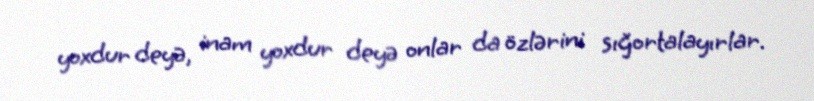
yoxdur deyə, inam yoxdur deyə onlar da özlərini sığortalayırlar.